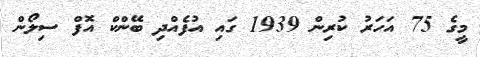
މީގެ 75 އަހަރު ކުރިން 1939 ގައި އުފެއްދި ބޭންކް އޮފް ސިލޯން